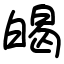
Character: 㿣